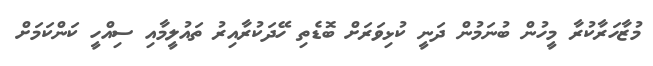
މުޒާހަރާކުރާ މީހުން ބުނަމުން ދަނީ ކުޅިވަރަށް ބޮޑެތި ހޭދަކުރާއިރު ތައުލީމާއި ސިއްހީ ކަންކަމަށް